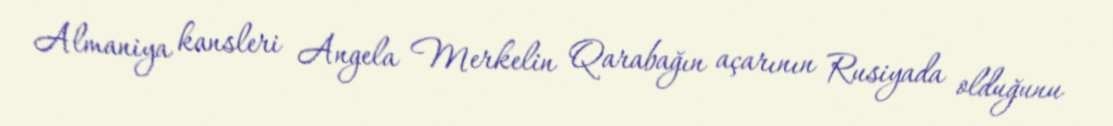
Almaniya kansleri Angela Merkelin Qarabağın açarının Rusiyada olduğunu